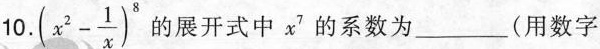
10.$$( x ^ { 2 } - \frac { 1 }{ x } ) ^{ 8 }$$ 的展开式中$$ x ^ { 7 }$$的系数为___ （用数字